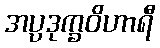
အပ္ပဒုက္ခဝိဟာရီ